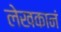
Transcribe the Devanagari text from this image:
लेखकानं